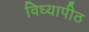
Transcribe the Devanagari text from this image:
विध्यापीठ